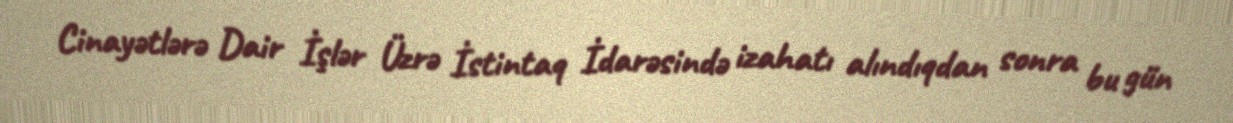
Cinayətlərə Dair İşlər Üzrə İstintaq İdarəsində izahatı alındıqdan sonra bu gün